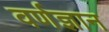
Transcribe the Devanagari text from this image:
वर्णज्ञान